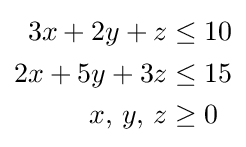
{\begin{aligned}3x+2y+z&\leq 10\\2x+5y+3z&\leq 15\\x,\,y,\,z&\geq 0\end{aligned}}